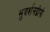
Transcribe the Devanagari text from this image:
सुदर्शनद्वीपो